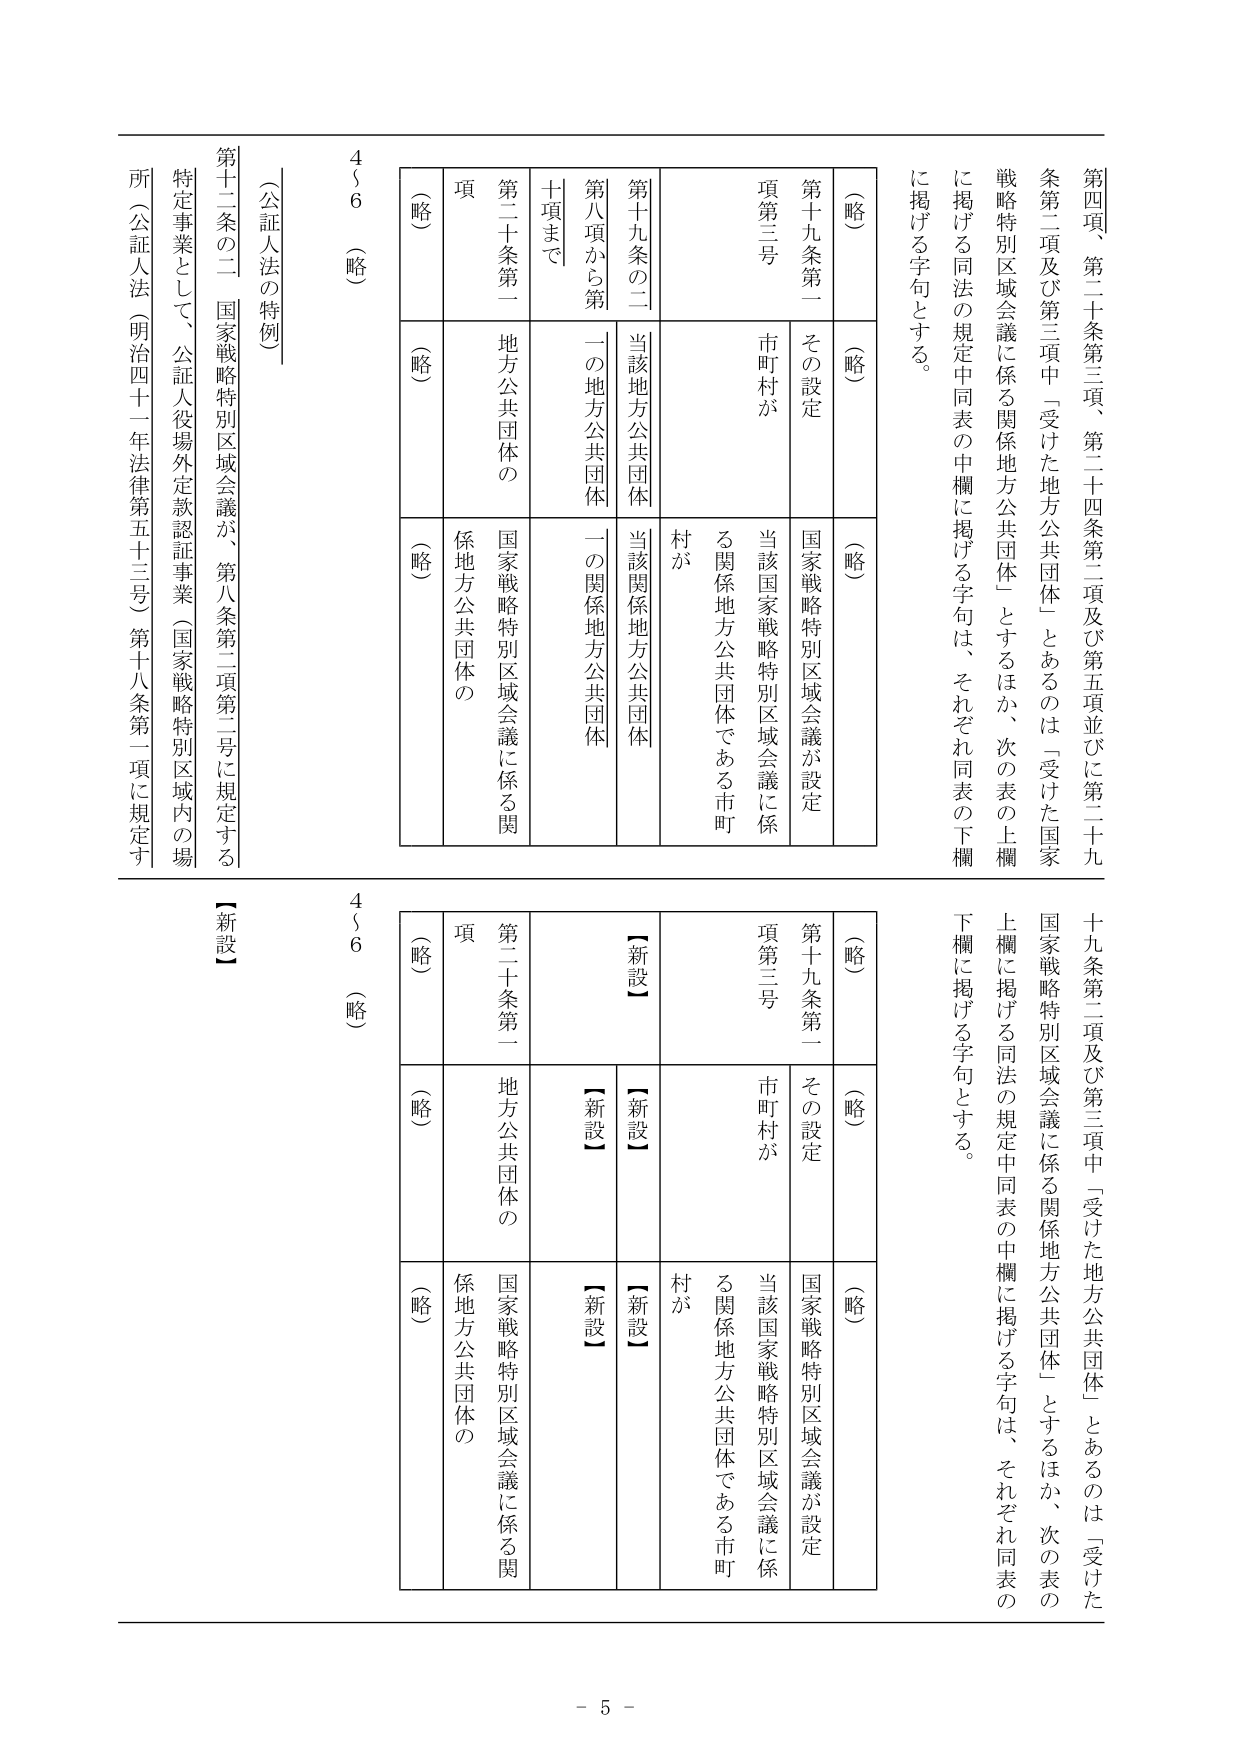
第四項　第二十条第三項、第二十四条第二項及び第五項並びに第二十九条第二項及び第三項中「受けた地方公共団体」とあるのは「受けた国家戦略特別区域会議に係る関係地方公共団体」とするほか、次の表の上欄に掲げる同法の規定中同表の中欄に掲げる字句は、それぞれ同表の下欄に掲げる字句とする。

（略）
（略）
（略）

第十九条第一項第三号　その設定　国家戦略特別区域会議が設定
　　　　　　　　　市町村が　当該国家戦略特別区域会議に係
　　　　　　　　　　　　　　る関係地方公共団体である市町
　　　　　　　　　　　　　　村が

第十九条の二　当該地方公共団体　当該関係地方公共団体
第八項から第十項まで　一の地方公共団体　一の関係地方公共団体

第二十条第一項　地方公共団体の　国家戦略特別区域会議に係る関
　　　　　　　　　　　　　　係地方公共団体の

（公証人法の特例）
第十二条の二　国家戦略特別区域会議が、第八条第二項第二号に規定する
特定事業として、公証人役場外定款認証事業（国家戦略特別区域内の場
所（公証人法（明治四十一年法律第五十三号）第十八条第一項に規定す

4～6（略）

【新設】
（略）
（略）
（略）

第十九条第一項第三号　その設定　国家戦略特別区域会議が設定
　　　　　　　　　市町村が　当該国家戦略特別区域会議に係
　　　　　　　　　　　　　　る関係地方公共団体である市町
　　　　　　　　　　　　　　村が

【新設】
【新設】
【新設】

第二十条第一項　地方公共団体の　国家戦略特別区域会議に係る関
　　　　　　　　　　　　　　係地方公共団体の

4～6（略）

- 5 -